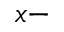
x -